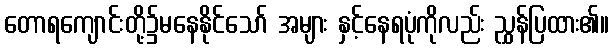
တောရကျောင်းတို့၌မနေနိုင်သော် အများ နှင့်နေရပုံကိုလည်း ညွှန်ပြထား၏။